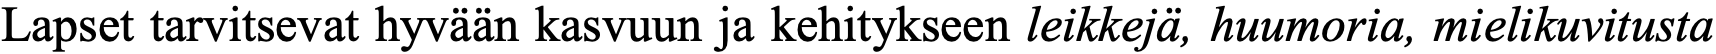
Lapset tarvitsevat hyvään kasvuun ja kehitykseen leikkejä, huumoria, mielikuvitusta